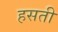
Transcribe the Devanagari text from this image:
हसती